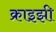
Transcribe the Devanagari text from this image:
क्राइझी